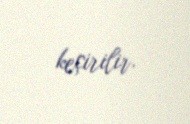
keçirilir.